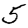
Digit: 5